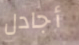
أجادل